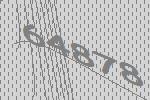
64878